Civil Veterinary Department Bihar reports 1936-40 - 1936-1940
Year: 1936
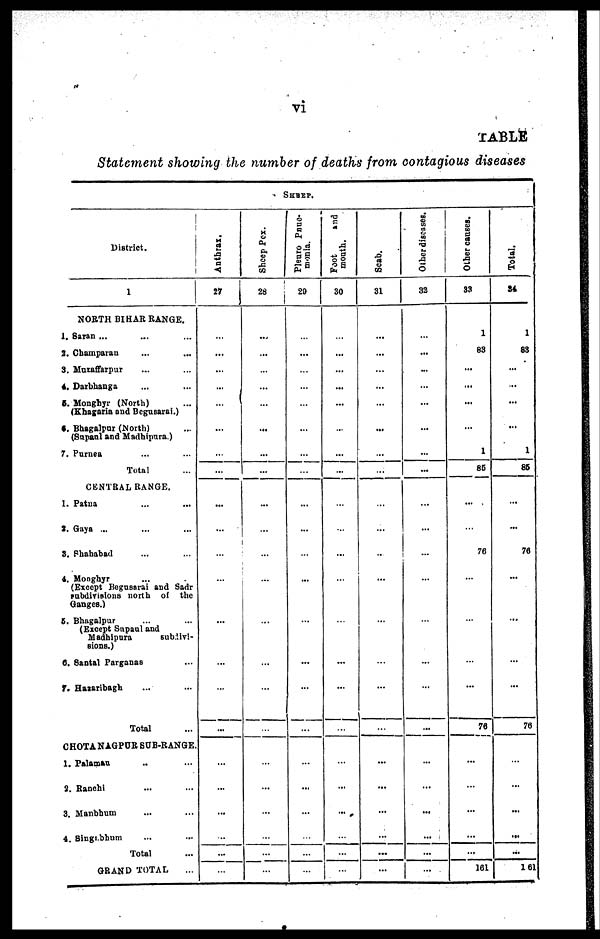
vi
TABLE
Statement showing the number of deaths from contagious diseases
District.
1
NORTH BIHAR RANGE.
1. Saran ... ... ...
2. Champaran ... ...
3. Muzaffarpur ... ...
4. Darbhanga ... ...
5. Monghyr (North) ...
(Khagaria and Begusaral.)
6. Bhagalpur (North) ...
(Supaul and Madhipura.)
7. Purnea ... ...
Total ...
CENTRAL RANGE.
1. Patna ... ...
2. Gaya ... ... ...
3. Shahabad ... ...
4. Monghyr ... ...
(Except Begusarai and Sadr
subdivisions north of the
Ganges.)
5. Bhagalpur ... ...
(Except Supaul and
Madhipura
subdivi-
sions.)
6. Santal Parganas ...
7. Hazaribagh ... ...
Total …
CHOTANAGPUR SUB-RANGE.
1. Palaman ... ...
2. Ranchi ... ...
3. Manbbum ... ...
4. Singhbhum ... ...
Total ...
GRAND TOTAL ...
SHEEP.
Anthrax,
27
...
...
...
...
…
…
...
…
...
...
...
…
...
...
...
...
...
...
...
...
...
...
Sheep Pox.
28
...
...
…
...
…
...
…
...
…
...
...
…
…
…
…
...
…
…
…
…
…
…
Plenro Pnuc-
monia.
29
...
...
…
…
…
…
…
…
…
...
...
…
…
…
…
...
…
…
…
…
…
…
Foot
and
month.
30
…
...
…
…
...
…
…
…
…
…
...
…
...
…
…
…
…
…
…
…
...
...
Scab.
31
…
…
…
…
…
...
…
…
…
…
…
…
...
...
…
…
…
...
…
…
...
…
Other diseases.
32
…
…
…
…
…
…
…
…
…
...
…
…
…
…
…
...
…
…
...
...
…
…
Other causes.
33
1
83
…
...
…
…
1
86
…
…
76
…
…
…
…
76
…
…
…
…
…
101
Total.
34
1
83
…
...
...
...
1
86
…
...
76
…
…
…
…
76
…
…
...
...
...
161